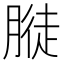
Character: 𱼓